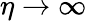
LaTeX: \eta\to\infty